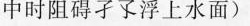
中时阻碍孑孓浮上水面)